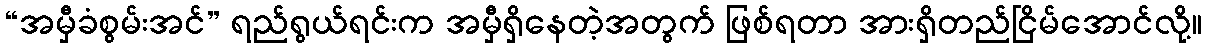
“အမှီခံစွမ်းအင်” ရည်ရွယ်ရင်းက အမှီရှိနေတဲ့အတွက် ဖြစ်ရတာ အားရှိတည်ငြိမ်အောင်လို့။